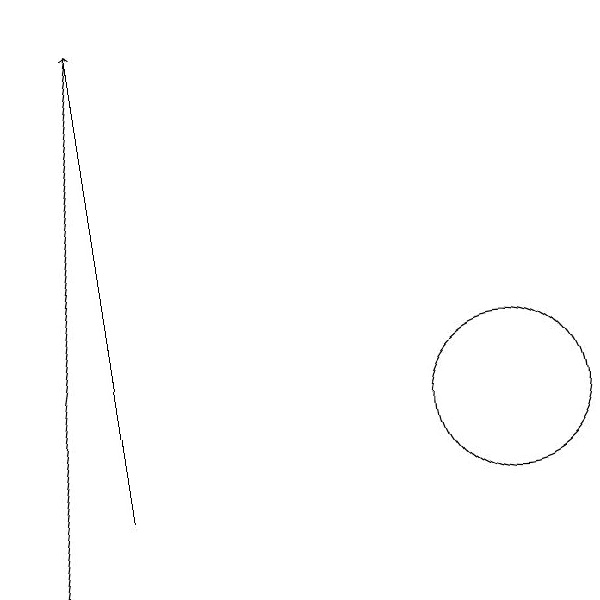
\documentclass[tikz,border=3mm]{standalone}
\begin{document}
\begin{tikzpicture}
\draw[->] (7,11) -- (7,17);
\draw (12,12) circle (1);
\draw[->] (7,17) -- (6,10);
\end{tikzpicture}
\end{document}